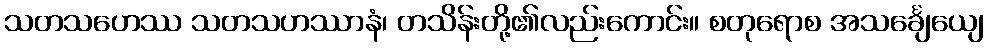
သတသဟေဿ သတသဟဿာနံ၊ တသိန်းတို့၏လည်းကောင်း။ စတုရောစ အသင်္ချေယျေ